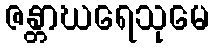
ဇန္တာဃရေသုမေ